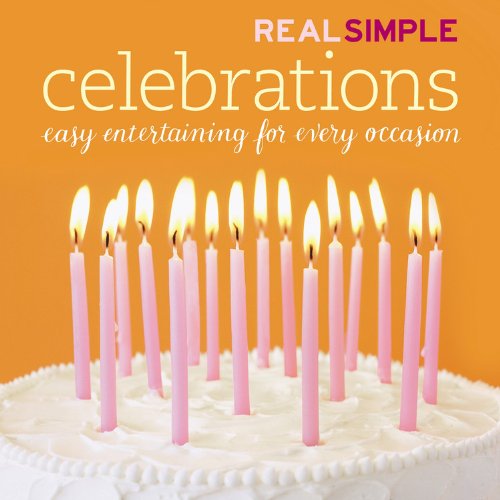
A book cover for Real Simple: Celebrations; Editors of Real Simple Magazine; Law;